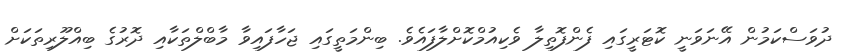
ދުވަސްކަމުން އޭނަވަނީ ކޮޓަރީގައި ފެންފޮތިލާ ވެކިއުމްކޮށްލާފައެވެ. ބިންމަތީގައި ޖަހާފައިވާ މާބްލްތަކާއި ދޮރުގެ ބިއްލޫރިތަކަށް